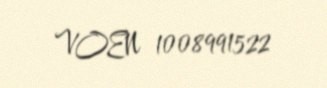
VOEN 1008991522